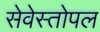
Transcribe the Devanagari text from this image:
सेवेस्तोपल